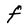
Character: F